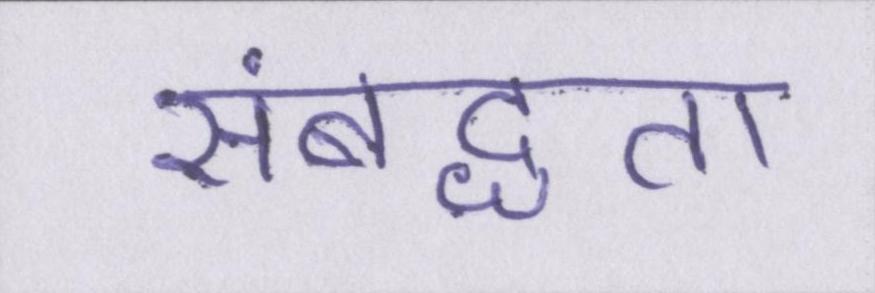
संबद्धता